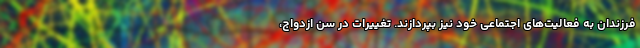
فرزندان به فعالیت‌های اجتماعی خود نیز بپردازند. تغییرات در سن ازدواج،